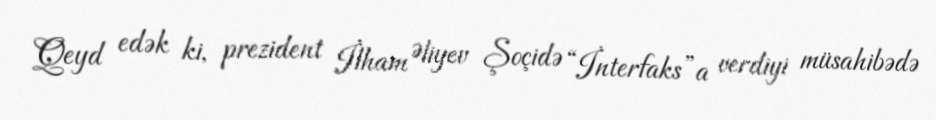
Qeyd edək ki, prezident İlham Əliyev Şoçidə “İnterfaks”a verdiyi müsahibədə